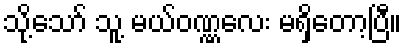
သို့သော် သူ့ မယ်ဝဏ္ဏလေး မရှိတော့ပြီ။